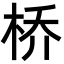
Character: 桥